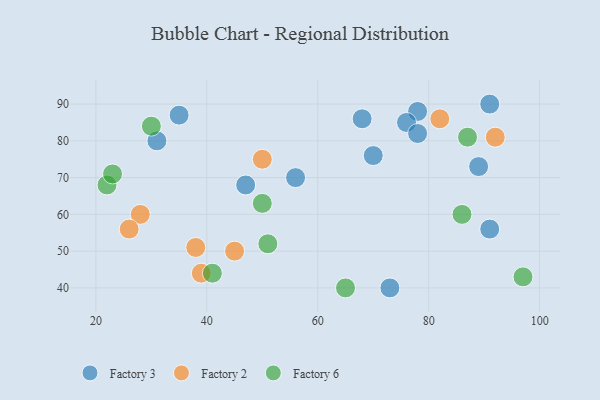
{"axis": {"x": "GDP", "y": "Life Expectancy"}, "legend": ["Factory 2", "Factory 3", "Factory 6"], "data": [{"x": "47", "y": 68, "type": "Factory 3"}, {"x": "31", "y": 80, "type": "Factory 3"}, {"x": "56", "y": 70, "type": "Factory 3"}, {"x": "73", "y": 40, "type": "Factory 3"}, {"x": "70", "y": 76, "type": "Factory 3"}, {"x": "89", "y": 73, "type": "Factory 3"}, {"x": "91", "y": 56, "type": "Factory 3"}, {"x": "78", "y": 88, "type": "Factory 3"}, {"x": "76", "y": 85, "type": "Factory 3"}, {"x": "68", "y": 86, "type": "Factory 3"}, {"x": "35", "y": 87, "type": "Factory 3"}, {"x": "91", "y": 90, "type": "Factory 3"}, {"x": "78", "y": 82, "type": "Factory 3"}, {"x": "39", "y": 44, "type": "Factory 2"}, {"x": "38", "y": 51, "type": "Factory 2"}, {"x": "28", "y": 60, "type": "Factory 2"}, {"x": "45", "y": 50, "type": "Factory 2"}, {"x": "82", "y": 86, "type": "Factory 2"}, {"x": "50", "y": 75, "type": "Factory 2"}, {"x": "26", "y": 56, "type": "Factory 2"}, {"x": "92", "y": 81, "type": "Factory 2"}, {"x": "86", "y": 60, "type": "Factory 6"}, {"x": "22", "y": 68, "type": "Factory 6"}, {"x": "65", "y": 40, "type": "Factory 6"}, {"x": "97", "y": 43, "type": "Factory 6"}, {"x": "23", "y": 71, "type": "Factory 6"}, {"x": "50", "y": 63, "type": "Factory 6"}, {"x": "30", "y": 84, "type": "Factory 6"}, {"x": "41", "y": 44, "type": "Factory 6"}, {"x": "51", "y": 52, "type": "Factory 6"}, {"x": "87", "y": 81, "type": "Factory 6"}]}